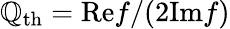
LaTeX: \mathbb{Q}_{\mathrm{{th}}}=\mathrm{{Re}}f/(2\mathrm{{Im}}f)